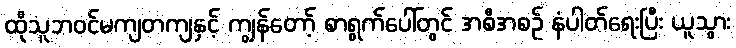
ထိုသူဘဝင်မကျတကျနှင့် ကျွန်တော့် စာရွက်ပေါ်တွင် အစီအစဉ် နံပါတ်ရေးပြီး ယူသွား